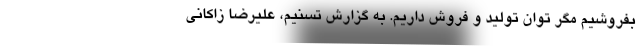
‌بفروشیم مگر توان تولید و فروش داریم. به گزارش تسنیم، علیرضا زاکانی